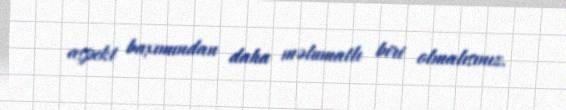
aspekt baxımından daha məlumatlı biri olmalısınız.